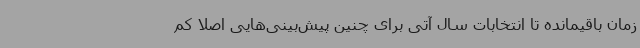
زمان باقیمانده تا انتخابات سال آتی برای چنین پیش‌بینی‌هایی اصلا کم